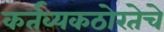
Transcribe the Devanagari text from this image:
कर्तव्यकठोरतेचे